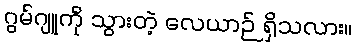
ဂွမ်ဂျူကို သွားတဲ့ လေယာဉ် ရှိသလား။